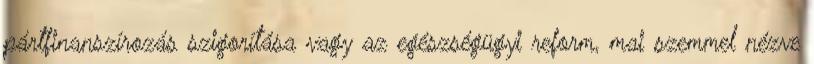
pártfinanszírozás szigorítása vagy az egészségügyi reform, mai szemmel nézve